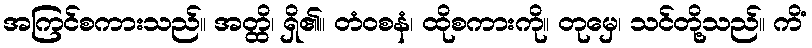
အကြင်စကားသည်။ အတ္ထိ၊ ရှိ၏။ တံဝစနံ၊ ထိုစကားကို။ တုမှေ၊ သင်တို့သည်။ ကိံ